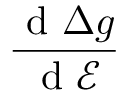
\frac { \mathrm { ~ d ~ } \Delta g } { \mathrm { ~ d ~ } \mathcal { E } }